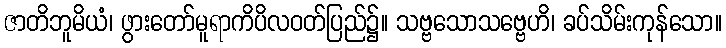
ဇာတိဘူမိယံ၊ ဖွားတော်မူရာကိပိလဝတ်ပြည်၌။ သဗ္ဗသောသဗ္ဗေဟိ၊ ခပ်သိမ်းကုန်သော။